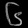
Digit: ၆